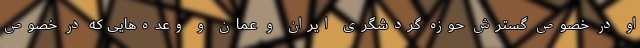
او در خصوص گسترش حوزه گردشگری ایران و عمان و وعده‌هایی که در خصوص